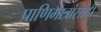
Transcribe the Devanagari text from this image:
प्राणिमात्रांसाठी